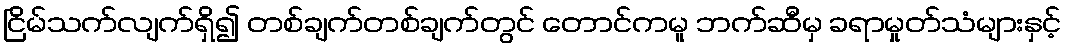
ငြိမ်သက်လျက်ရှိ၍ တစ်ချက်တစ်ချက်တွင် တောင်ကမူ ဘက်ဆီမှ ခရာမှုတ်သံများနှင့်